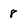
Character: 8